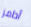
أدامز